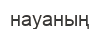
науаның